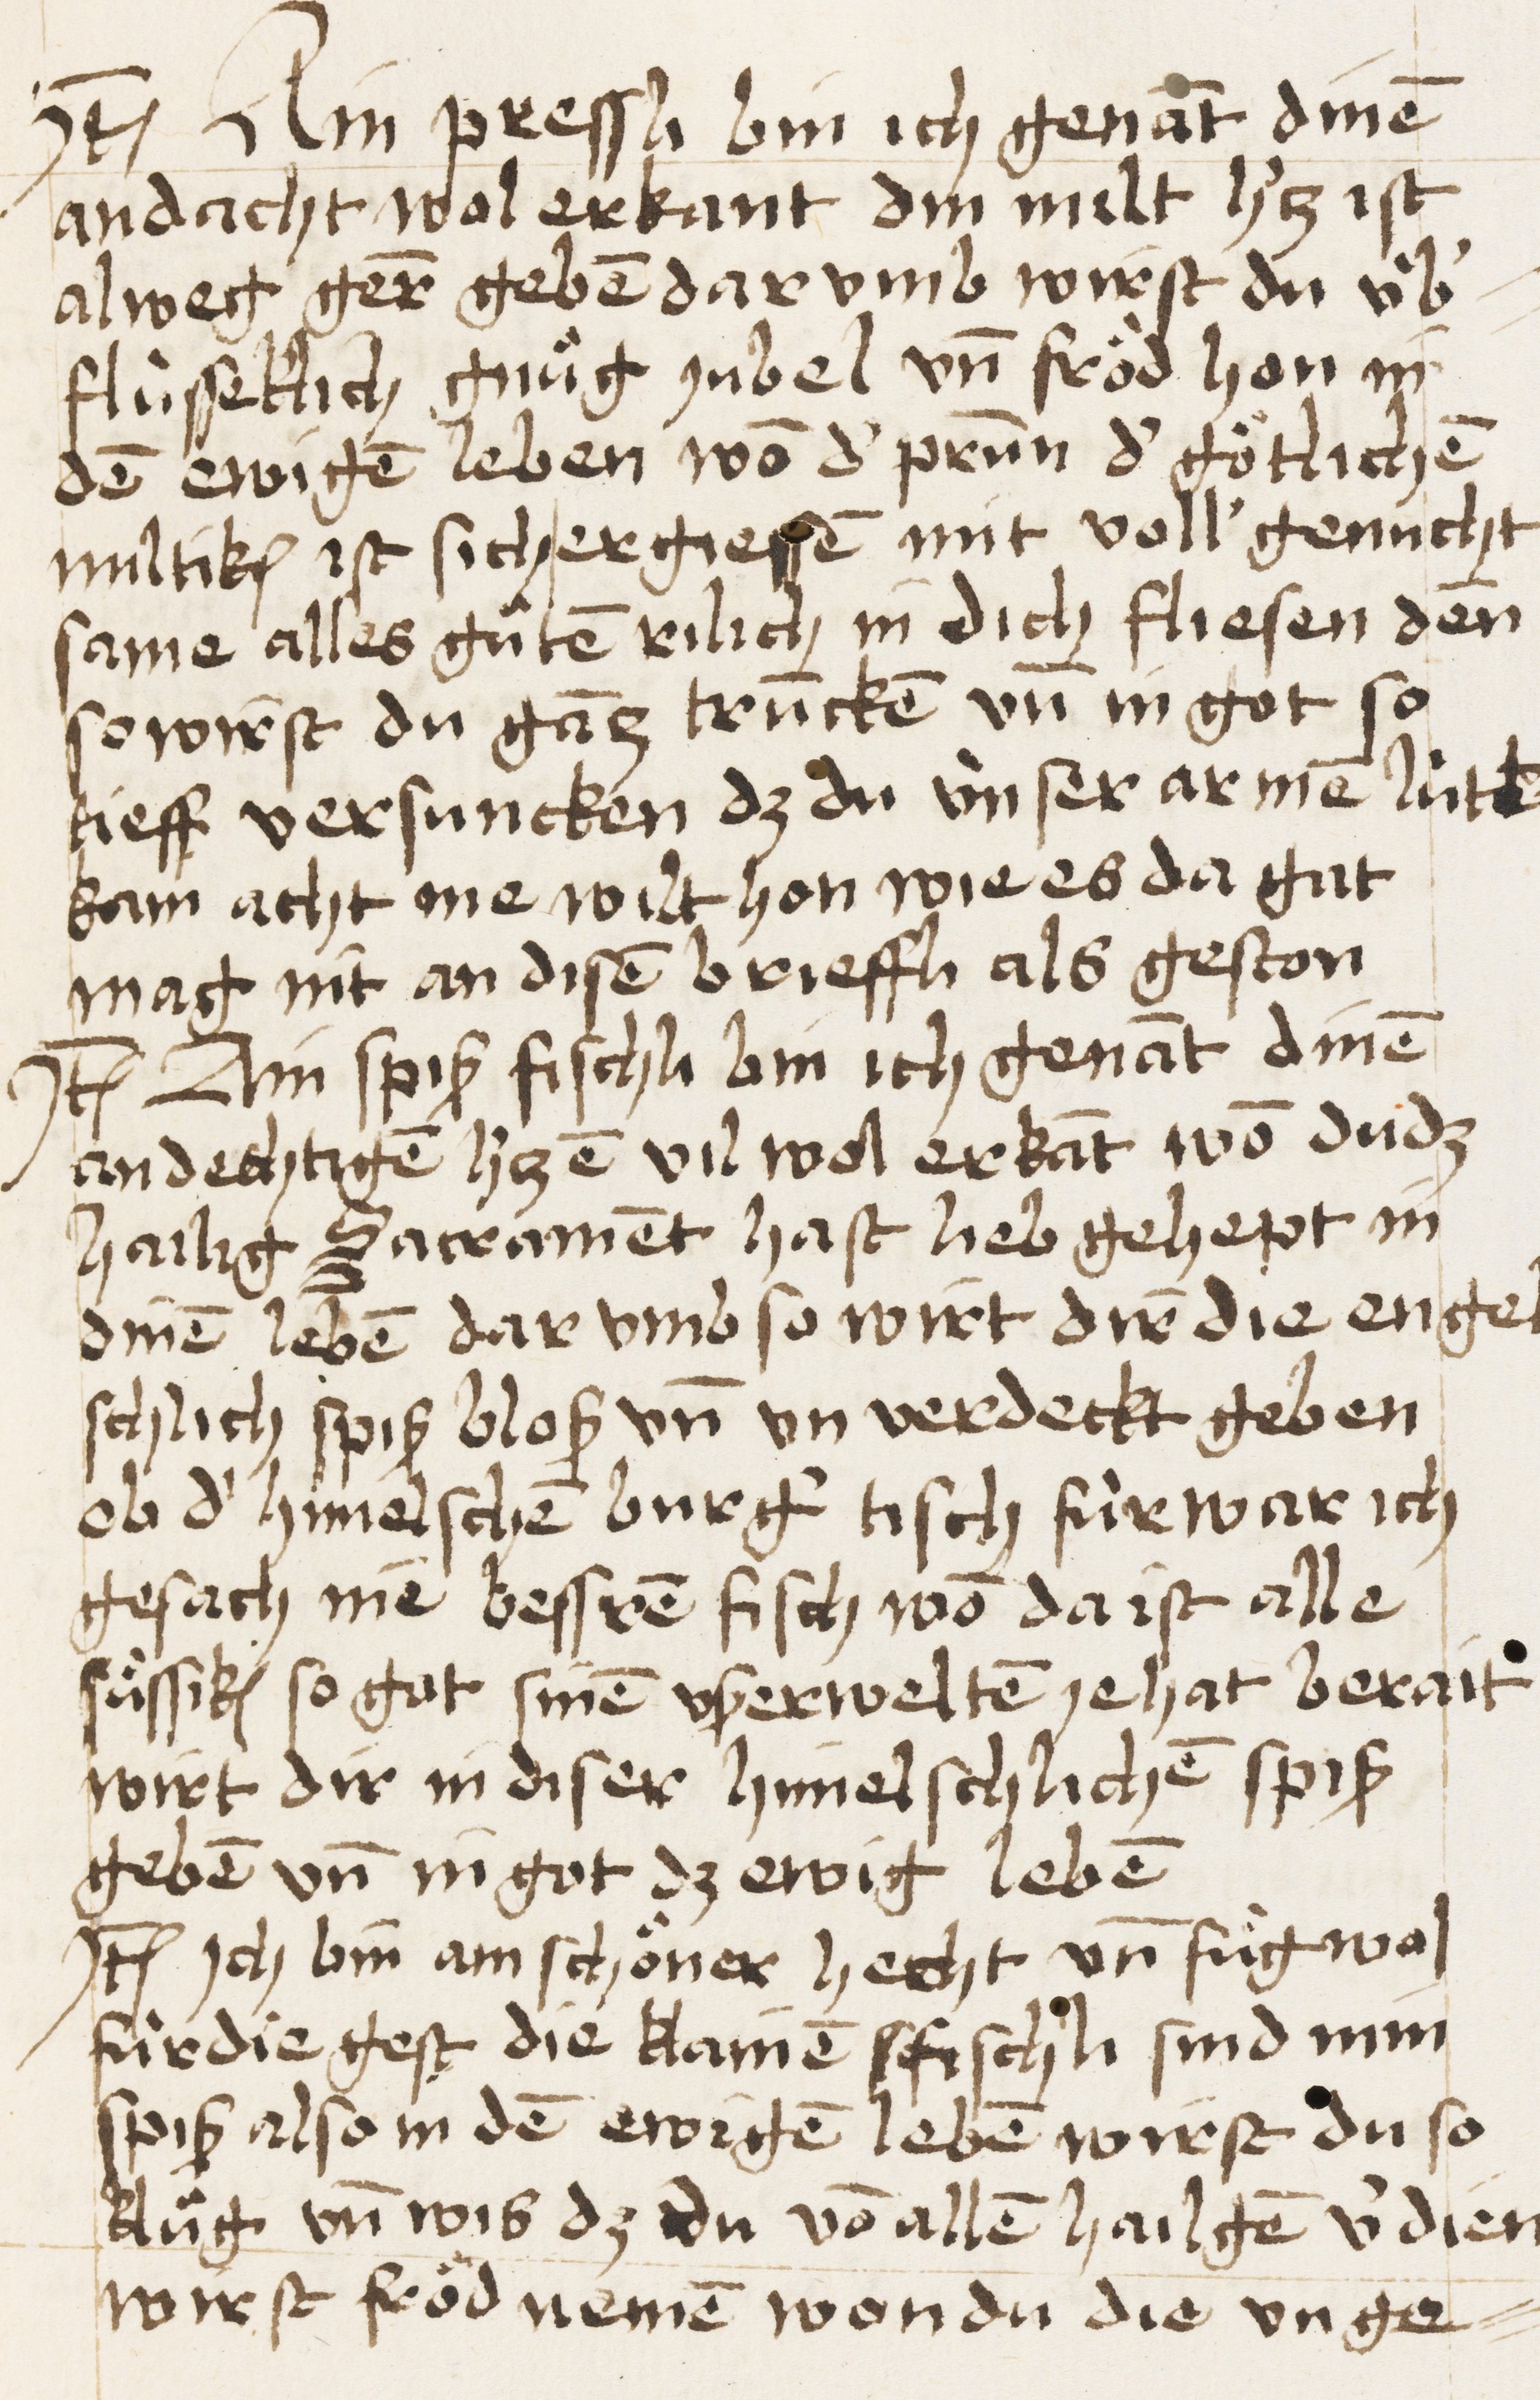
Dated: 1450–1499